Document type: Sale
Year: 1435
Scribe: Pere Soler
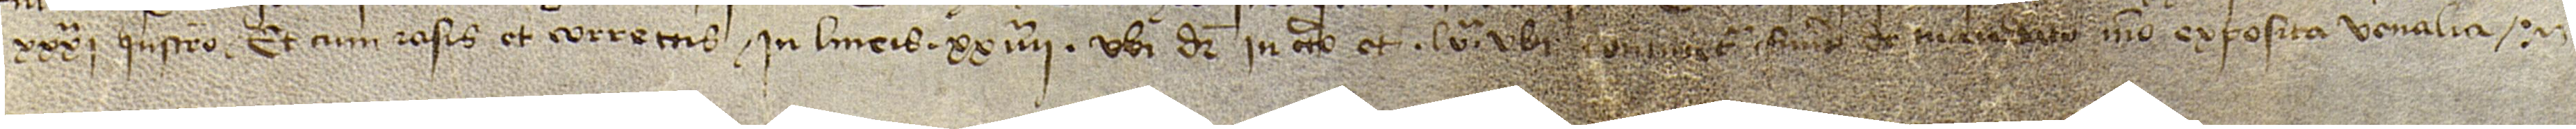
XXXIª, “instrumento”, et cum rasis et correctis in lineis XXIIIIª, ubi dicitur “in certo”, et LVª, ubi continetur “fuerit de mandato meo sposita venalia”.